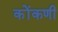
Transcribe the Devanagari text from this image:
कोंंकणी